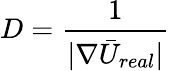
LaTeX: D=\frac{1}{|\nabla\bar{U}_{real}|}